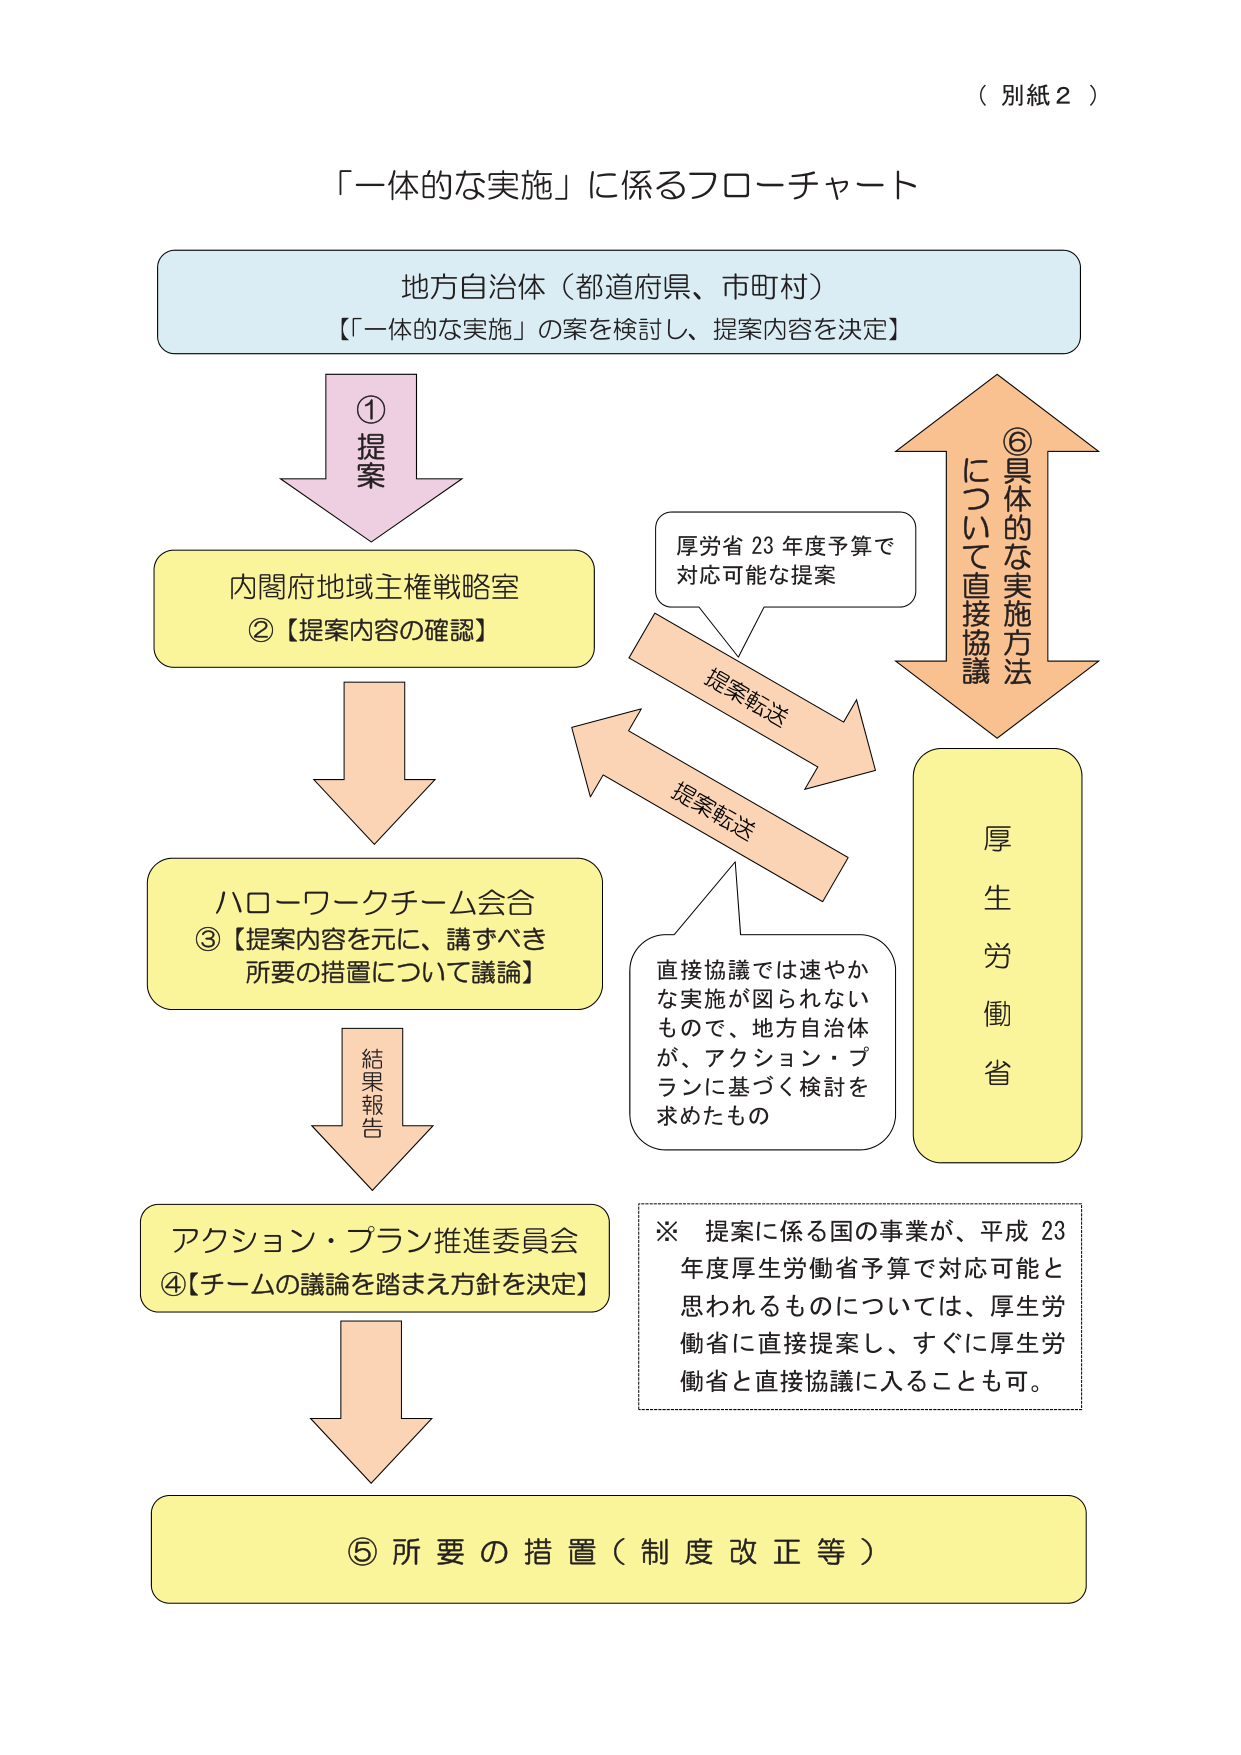
（別紙２）

「一体的な実施」に係るフローチャート

地方自治体（都道府県、市町村）
【「一体的な実施」の案を検討し、提案内容を決定】

① 提案

内閣府地域主権戦略室
②【提案内容の確認】

厚労省 23 年度予算で
対応可能な提案

提案転送

ハローワークチーム会合
③【提案内容を元に、講ずべき
所要の措置について議論】

結果報告

アクション・プラン推進委員会
④【チームの議論を踏まえ方針を決定】

※ 提案に係る国の事業が、平成 23
年度厚生労働省予算で対応可能と
思われるものについては、厚生労
働省に直接提案し、すぐに厚生労
働省と直接協議に入ることも可。

⑤ 所要の措置（制度改正等）

厚生労働省

直接協議では速やか
な実施が図られない
もので、地方自治体
が、アクション・プ
ランに基づく検討を
求めたもの

提案転送

⑥ 具体的な実施方法
について直接協議